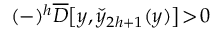
( - ) ^ { h } \overline { { \cal D } } \big [ y , \check { y } _ { 2 h + 1 } ( y ) \big ] \! > \! 0